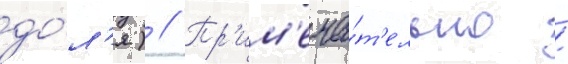
до́л'я) // Пр'им'еча́т'ельно /